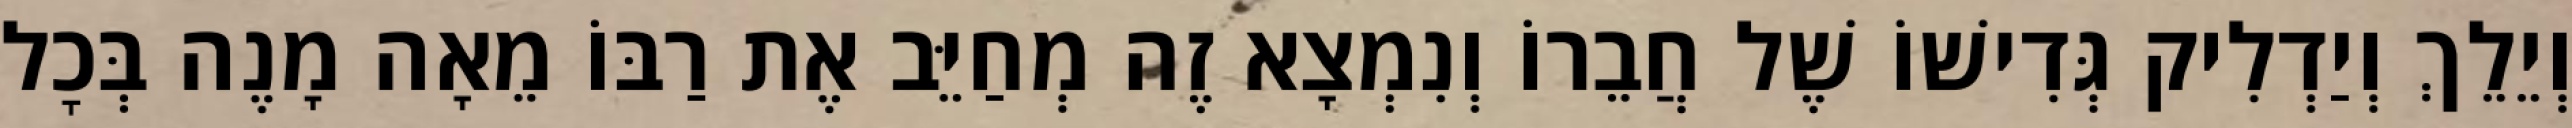
וְיֵלֵךְ וְיַדְלִיק גְּדִישׁוֹ שֶׁל חֲבֵרוֹ וְנִמְצָא זֶה מְחַיֵּב אֶת רַבּוֹ מֵאָה מָנֶה בְּכׇל